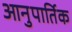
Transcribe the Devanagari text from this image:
आनुपार्तिक